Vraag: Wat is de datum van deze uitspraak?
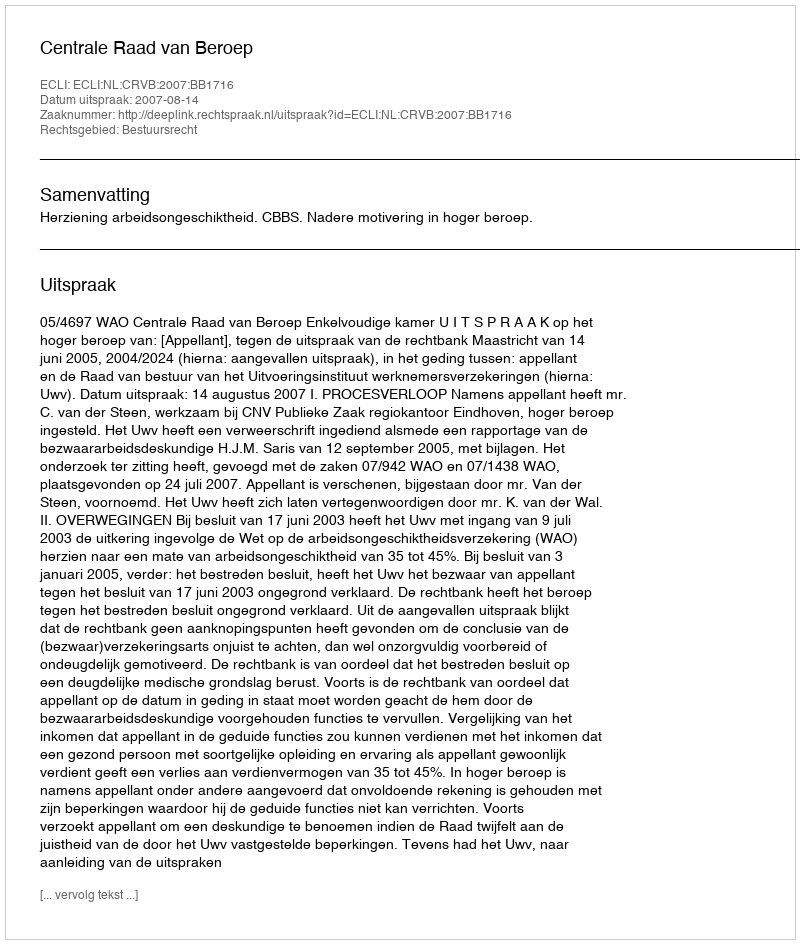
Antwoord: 2007-08-14